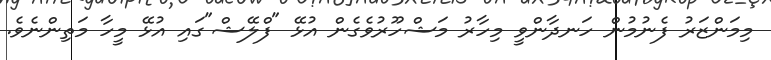
މިމަންޒަރު ފެނުމުން ހަނދާންވީ މިހާރު މަޝްހޫރުވެގެން އުޅޭ "ފްލޭޝް"ގައި އުޅޭ މީހާ މަތިންނެވެ.